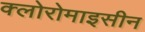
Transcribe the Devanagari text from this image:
क्लोरोमाइसीन